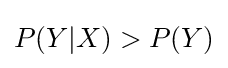
P(Y|X)>P(Y)